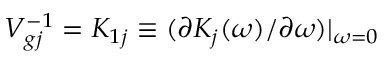
V _ { g j } ^ { - 1 } = K _ { 1 j } \equiv ( \partial K _ { j } ( \omega ) / \partial \omega ) | _ { \omega = 0 }